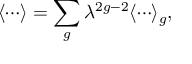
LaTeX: \langle \cdots \rangle = \sum _ { g } \lambda ^ { 2 g - 2 } \langle \cdots \rangle _ { g } ,